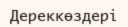
Дереккөздері